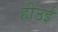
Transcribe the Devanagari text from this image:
हीउई